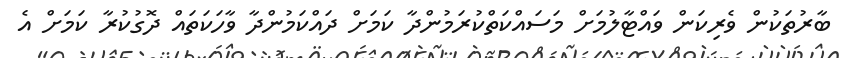
ބާރުތަކުން ވެރިކަން ވައްޓާލުމަށް މަސައްކަތްކުރަމުންދާ ކަމަށް ދައްކަމުންދާ ވާހަކަތައް ދޮގުކުރާ ކަމަށް އެ